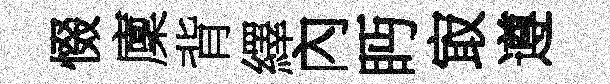
惙廩背繹內眄㝡遵